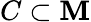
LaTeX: C\subset\mathbf{M}